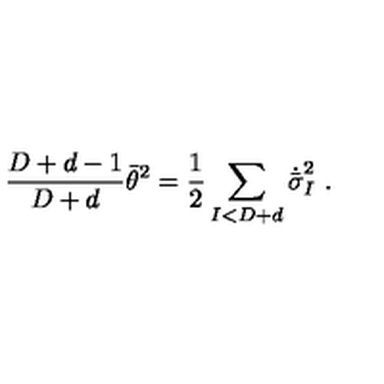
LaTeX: { \frac { D + d - 1 } { D + d } } \bar { \theta } ^ { 2 } = { \frac { 1 } { 2 } } \sum _ { I < D + d } \dot { \bar { \sigma } } _ { I } ^ { 2 } \ .